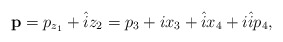
\begin{align*}\textbf{p}=p_{z_1}+\hat{i}z_2=p_3+ix_3+\hat{i}x_4+i\hat{i}p_4,\end{align*}